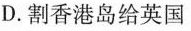
D.割香港岛给英国